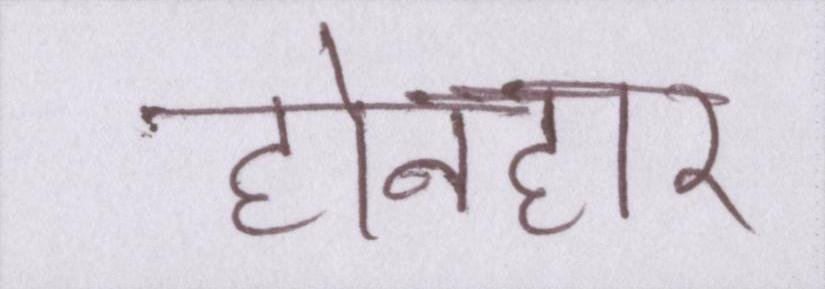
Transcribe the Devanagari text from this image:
होनहार